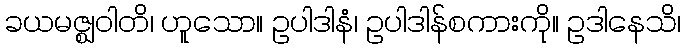
ခယမဇ္ဈဝါတိ၊ ဟူသော။ ဥပါဒါနံ၊ ဥပါဒါန်စကားကို။ ဥဒါနေသိ၊